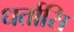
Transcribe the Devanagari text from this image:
धर्तासि